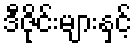
ဒီဇိုင်းများနှင့်